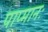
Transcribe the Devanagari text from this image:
पाप्मानः